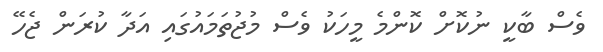
ވެސް ބާކީ ނުކޮށް ކޮންމެ މީހަކު ވެސް މުޖުތަމައުގައި އަދާ ކުރަން ޖެހޭ